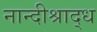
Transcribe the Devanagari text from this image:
नान्दीश्राद्ध